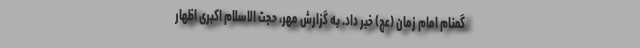
گمنام امام زمان (عج) خبر داد. به گزارش مهر، حجت الاسلام اکبری اظهار